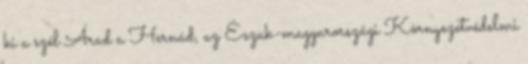
ki a szél Árad a Hernád, az Észak-magyarországi Környezetvédelmi